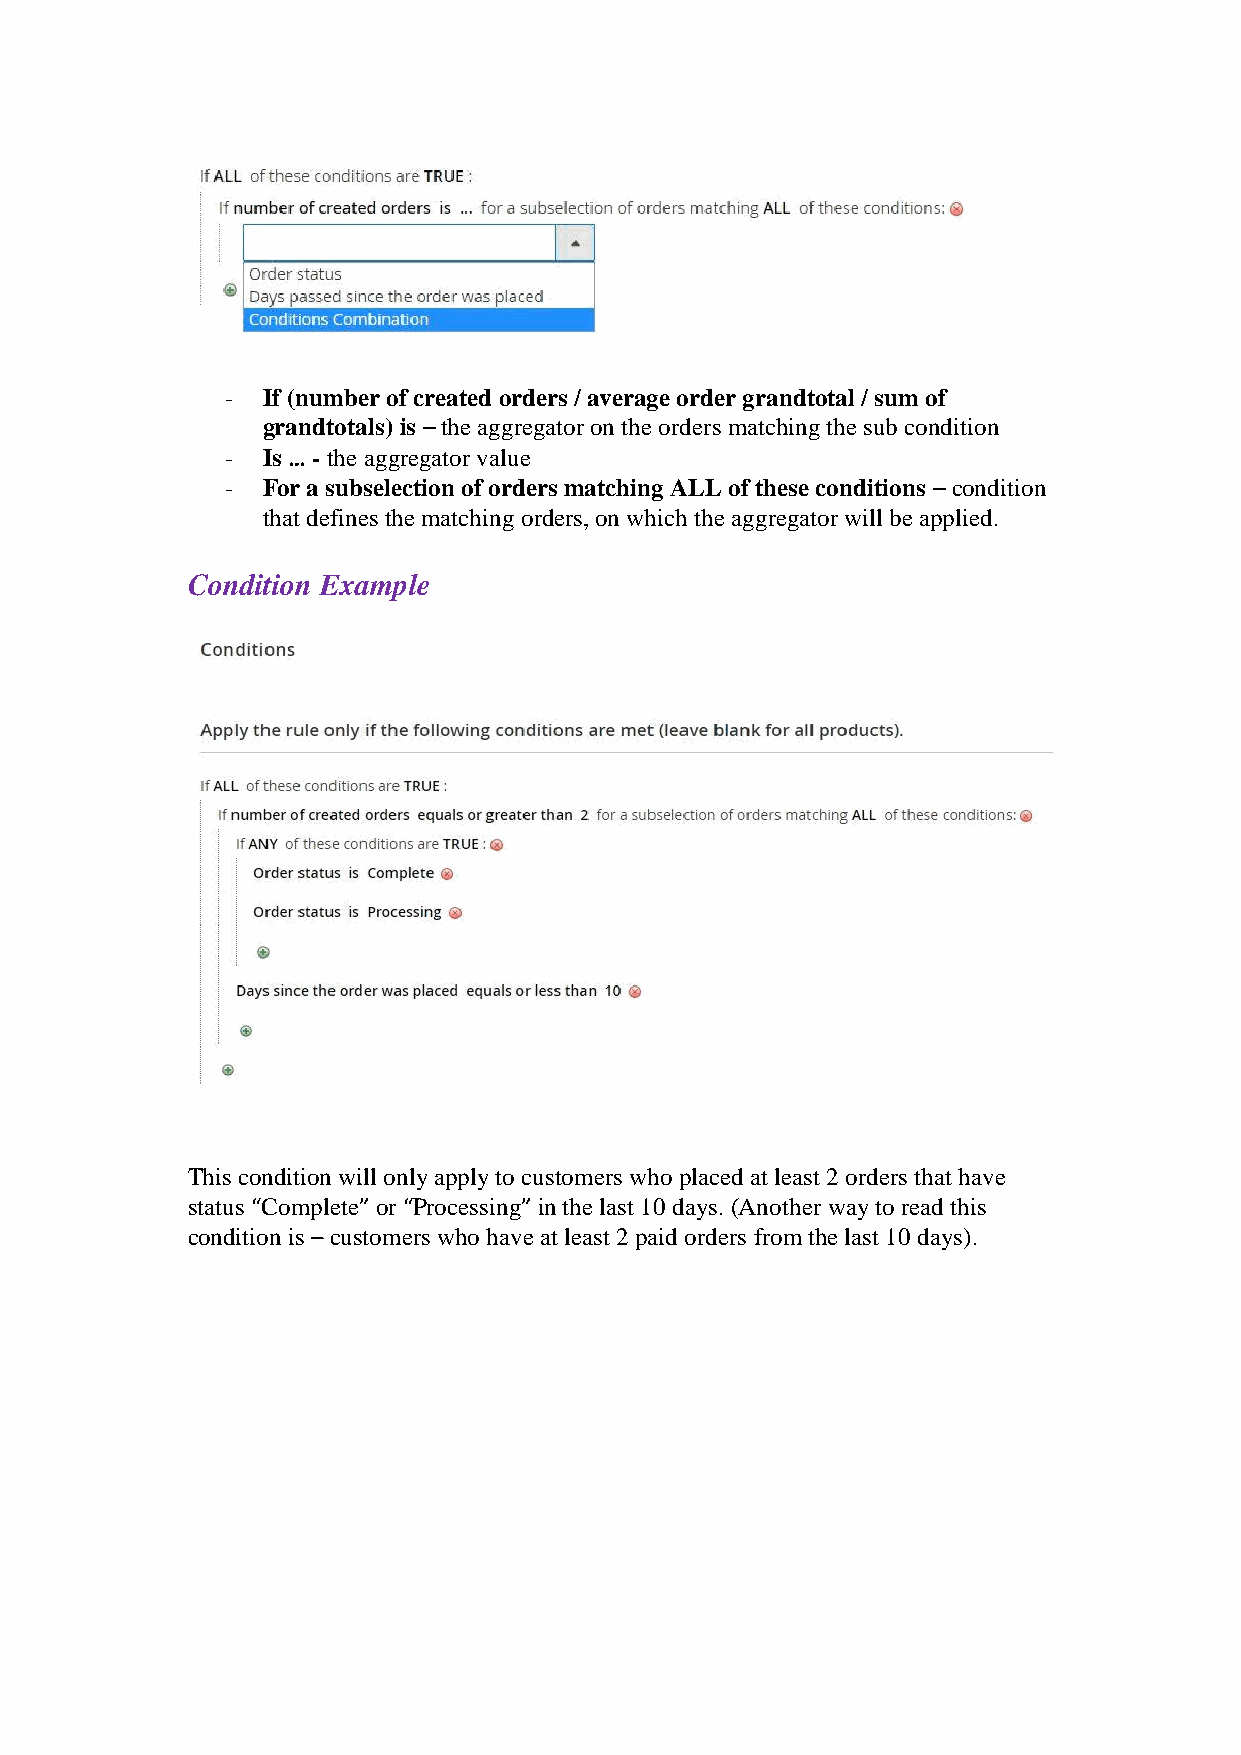
- If (number of created orders / average order grandtotal / sum of
 grandtotals) is – the aggregator on the orders matching the sub condition
 - Is … - the aggregator value
 - For a subselection of orders matching ALL of these conditions – condition
 that defines the matching orders, on which the aggregator will be applied.
 Condition Example
 This condition will only apply to customers who placed at least 2 orders that have
 status “Complete” or “Processing” in the last 10 days. (Another way to read this
 condition is – customers who have at least 2 paid orders from the last 10 days).